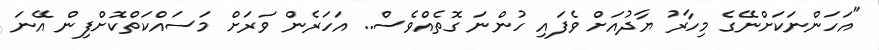
"އަހަންނަކަށްނޭގެ މިހާރު ޔާދުއަށް ވެފައި ހުންނަ ގޮތެއްވެސް.. އަހަރެން ވަރަށް މަސައްކަތްކޮށްފިން އޭނަ